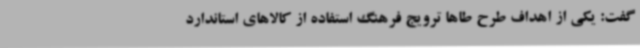
گفت: یکی از اهداف طرح طاها ترویج فرهنگ استفاده از کالاهای استاندارد